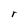
Character: r